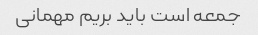
جمعه است باید بریم مهمانی